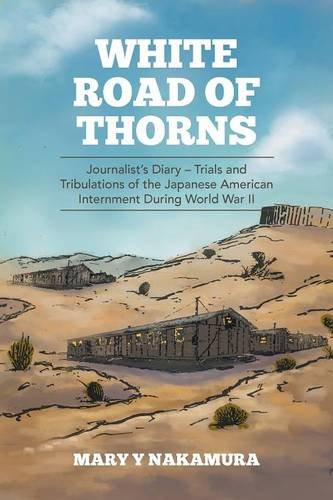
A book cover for White Road of Thorns: JournalistEEs Diary EE Trials and Tribulations of the Japanese American Internment During World War II; Mary Y Nakamura; Biographies & Memoirs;